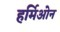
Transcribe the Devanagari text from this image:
हर्मिओन